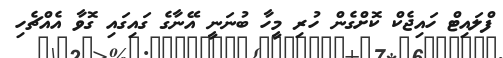
ފްލައިޓް ހައިޖެކް ކޮށްގެން ހުރި މީހާ ބުނަނީ އޭނާގެ ގައިގައި ގޮވާ އެއްޗެހި